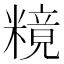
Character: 糡